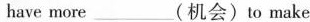
have more ___ (机会)to make